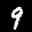
Label: 9